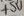
Text: +5V